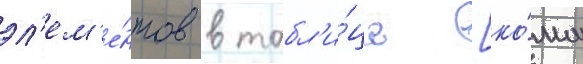
эл'ем'е́нтов в табл'и́це [ко́мм